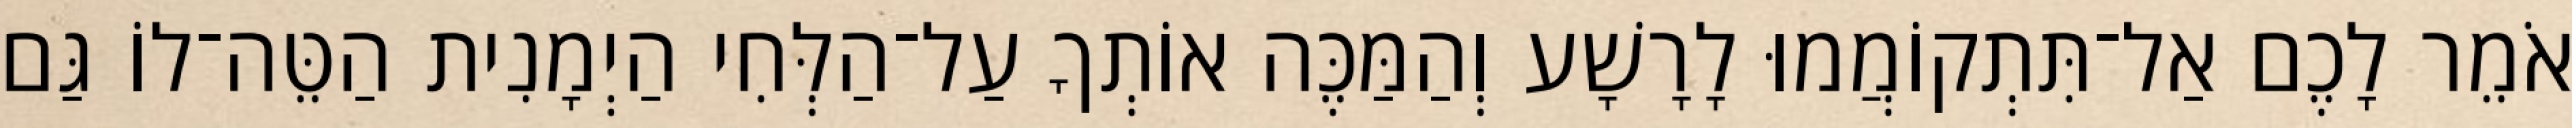
אֹמֵר לָכֶם אַל־תִּתְקוֹמֲמוּ לָרָשָׁע וְהַמַּכֶּה אוֹתְךָ עַל־הַלְּחִי הַיְמָנִית הַטֵּה־לוֹ גַּם